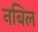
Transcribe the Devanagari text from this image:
नबिल